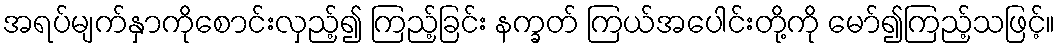
အရပ်မျက်နှာကိုစောင်းလှည့်၍ ကြည့်ခြင်း နက္ခတ် ကြယ်အပေါင်းတို့ကို မော်၍ကြည့်သဖြင့်။